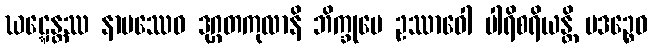
ဃဋ္ဋေန္တဿ နာမဿေဝ ဒုဂ္ဂတကုလာနိ ဘိက္ခုပေ ဥဿာဝေါ ပါရိစရိယန္တိ ပဒဉ္စေဝ